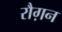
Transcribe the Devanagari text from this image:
रौग़न